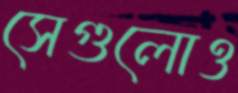
সেগুলোও